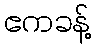
ဧကခန့်